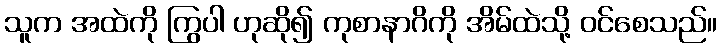
သူက အထဲကို ကြွပါ ဟုဆို၍ ကုစာနာဂိကို အိမ်ထဲသို့ ဝင်စေသည်။